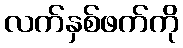
လက်နှစ်ဖက်ကို